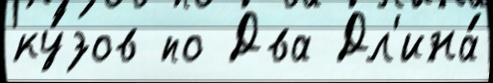
ку́зов по Два Дл'ина́